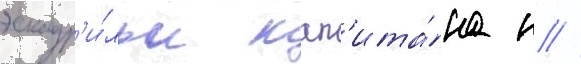
эскадр'и́льи кап'ита́на н //